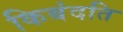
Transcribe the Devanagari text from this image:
किबंदति